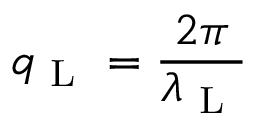
q _ { \mathrm { ~ L ~ } } = \frac { 2 \pi } { \lambda _ { \mathrm { ~ L ~ } } }